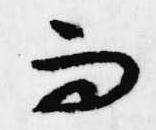
而